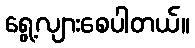
ရွေ့လျားစေပါတယ်။